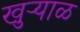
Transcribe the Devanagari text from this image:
खुऱ्‍याळ